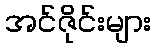
အင်ဇိုင်းများ